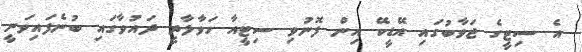
އެ ސިޓީގެ ޖަވާބުގައި އޭޑީކޭ އިން ފޮނުވި ސިޓީއާ ހަވާލާދީ ދައުވާގައި ބުނެފައިވަނީ